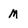
Character: m